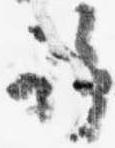
許